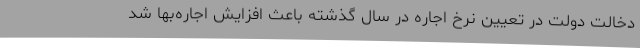
دخالت دولت در تعیین نرخ اجاره در سال گذشته باعث افزایش اجاره‌بها شد